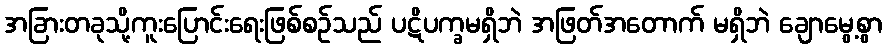
အခြားတခုသို့ကူးပြောင်းရေးဖြစ်စဉ်သည် ပဋိပက္ခမရှိဘဲ အဖြတ်အတောက် မရှိဘဲ ချောမွေ့စွာ